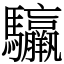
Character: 䯁